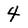
Character: 4